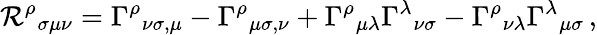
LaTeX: \mathcal{R}^{\rho}{}_{\sigma\mu\nu}=\Gamma^{\rho}{}_{\nu\sigma,\mu}-\Gamma^{\rho}{}_{\mu\sigma,\nu}+\Gamma^{\rho}{}_{\mu\lambda}\Gamma^{\lambda}{}_{\nu\sigma}-\Gamma^{\rho}{}_{\nu\lambda}\Gamma^{\lambda}{}_{\mu\sigma}\, ,